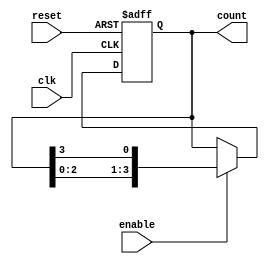
module Ring_Counter_with_Enable (
    input wire clk,
    input wire reset,
    input wire enable,
    output reg [3:0] count
);

always @(posedge clk or posedge reset) begin
    if (reset) begin
        count <= 4'b0000;
    end else if (enable) begin
        count <= {count[2:0], count[3]};
    end
end

endmodule